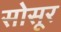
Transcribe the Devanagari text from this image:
सोसूर